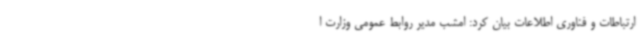
ارتباطات و فناوری اطلاعات بیان کرد: امشب مدیر روابط عمومی وزارت ا